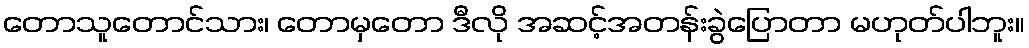
တောသူတောင်သား၊ တောမှတော ဒီလို အဆင့်အတန်းခွဲပြောတာ မဟုတ်ပါဘူး။